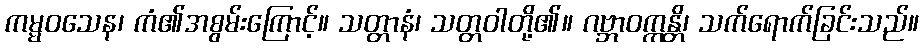
ကမ္မဝသေန၊ ကံ၏အစွမ်းကြောင့်။ သတ္တာနံ၊ သတ္တဝါတို့၏။ ဂဗ္ဘာဝက္ကန္တိ၊ သက်ရောက်ခြင်းသည်။